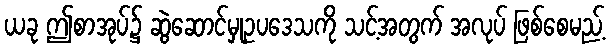
ယခု ဤစာအုပ်၌ ဆွဲဆောင်မှုဥပဒေသကို သင့်အတွက် အလုပ် ဖြစ်စေမည့်